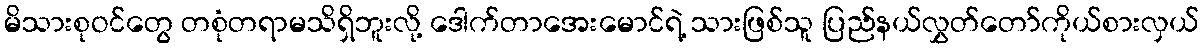
မိသားစုဝင်တွေ တစုံတရာမသိရှိဘူးလို့ ဒေါက်တာအေးမောင်ရဲ့ သားဖြစ်သူ ပြည်နယ်လွှတ်တော်ကိုယ်စားလှယ်